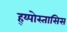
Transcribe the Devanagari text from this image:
ह्य्पोस्तासिस